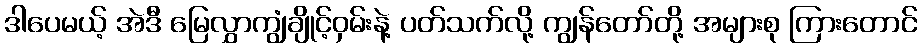
ဒါပေမယ့် အဲဒီ မြေလွှာကျွံချိုင့်ဝှမ်းနဲ့ ပတ်သက်လို့ ကျွန်တော်တို့ အများစု ကြားတောင်